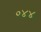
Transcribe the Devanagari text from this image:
०४४